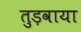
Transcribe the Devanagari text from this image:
तुड़वाया